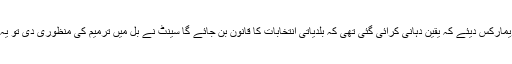
جسٹس جواد ایس خواجہ نے ریمارکس دیئے کہ یقین دہانی کرائی گئی تھی کہ بلدیاتی انتخابات کا قانون بن جائے گا سینٹ نے بل میں ترمیم کی منظوری دی تو یہ دوبارہ قومی اسمبلی جائے گا۔